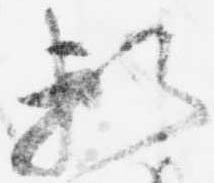
頼